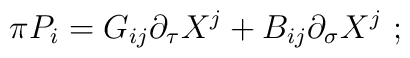
\pi P_{i}=G_{ij}\partial_{\tau}X^{j}+B_{ij}\partial_{\sigma}X^{j}\ ;